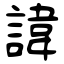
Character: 諱